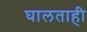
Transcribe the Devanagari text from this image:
घालताही